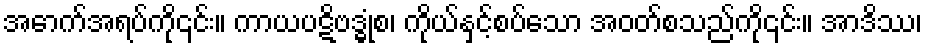
အောက်အရပ်ကို၎င်း။ ကာယပဋိဗဒ္ဓုံစ၊ ကိုယ်နှင့်စပ်သော အဝတ်စသည်ကို၎င်း။ အာဒိဿ၊